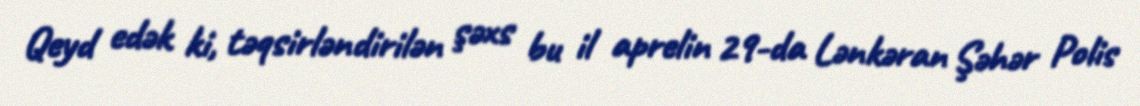
Qeyd edək ki, təqsirləndirilən şəxs bu il aprelin 29-da Lənkəran Şəhər Polis